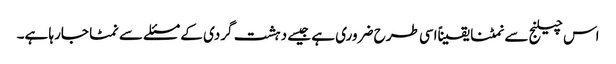
اس چیلنج سے نمٹنا یقیناًاسی طرح ضروری ہے جیسے دہشت گردی کے مسئلے سے نمٹا جارہا ہے۔